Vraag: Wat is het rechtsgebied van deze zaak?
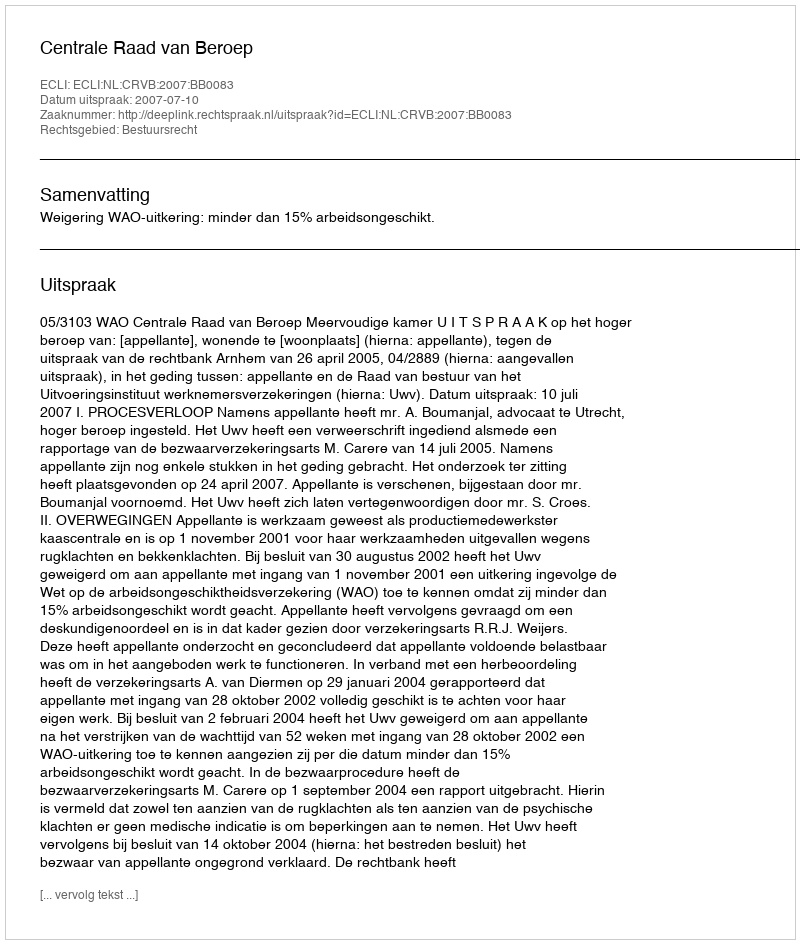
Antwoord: Bestuursrecht